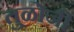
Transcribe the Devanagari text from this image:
तुळोजी